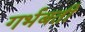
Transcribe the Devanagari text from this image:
गर्भबती